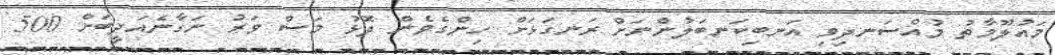
މައުލޫމާތު މުއްސަނދިވި އަނބިކަނބަލުންނަށް ރަނގަޅަށް ހިންގެވެން ދޮޅު މަސް ވަރު ނަގާނެއަދީބަށް 500